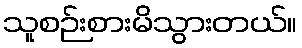
သူစဉ်းစားမိသွားတယ်။